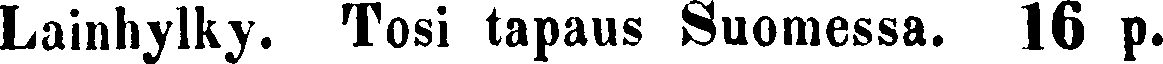
Lainhylky. Tosi tapaus Suomessa. 16 p.